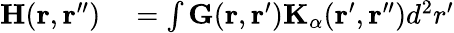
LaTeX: \begin{array}{rl}{\textbf{H}(\textbf{r},\textbf{r}^{\prime\prime})}&{{}=\int\textbf{G}(\textbf{r},\textbf{r}^{\prime})\textbf{K}_{\alpha}(\textbf{r}^{\prime},\textbf{r}^{\prime\prime})d^{2}r^{\prime}}\end{array}